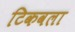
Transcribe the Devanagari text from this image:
टिकवला